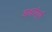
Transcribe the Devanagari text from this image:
आश्चर्य़पूर्ण